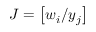
J = \left[ w _ { i } / y _ { j } \right]